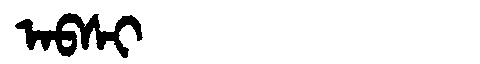
Manchu: ᠠᠪᠰᡳ
Romanization: ABSI